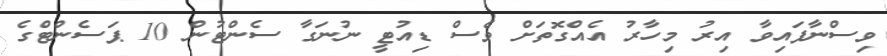
ވިސްނާފައިވާ އިރު މިހާރު އެއްގޮތަށް ވެސް ޑިއުޓީ ނުނަގާ ސެންޓުން 10 ޕަސެންޓްގެ